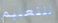
للتعليم